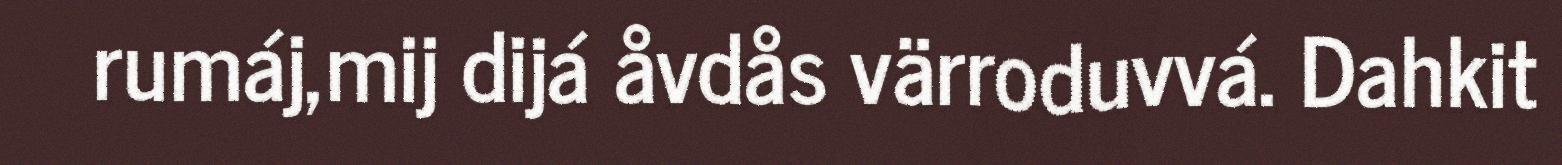
rumáj,mij dijá åvdås värroduvvá. Dahkit